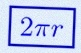
2\pi r